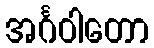
အင်္ဂဝါတော